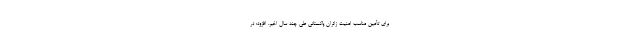
برای تأمین مناسب امنیت زائران پاکستانی طی چند سال اخیر، افزود: در